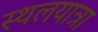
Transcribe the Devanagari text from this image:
स्थलयात्रा